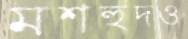
মশহুদও